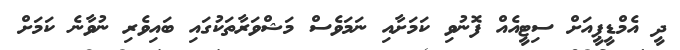
ދީ އެމްޑީޕީއަށް ސިޓީއެއް ފޮނުވި ކަމަށާއި ނަމަވެސް މަޝްވަރާތަކުގައި ބައިވެރި ނުވާނެ ކަމަށް